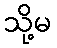
သို့မ